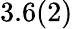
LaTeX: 3.6(2)